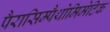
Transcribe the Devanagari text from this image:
पैरासिम्पैथोमिमेटिक